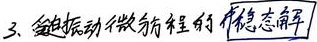
3、受迫振动微分方程的 稳态解